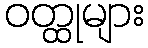
ဝတ္ထုများ